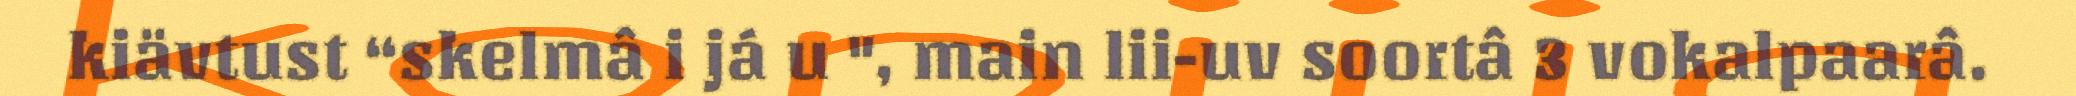
kiävtust “skelmâ i já u ", main lii-uv soortâ 3 vokalpaarâ.